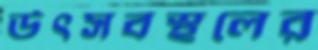
উৎসবস্থলের